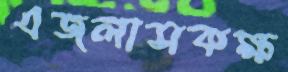
এজলাসকক্ষ